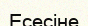
Есесіне